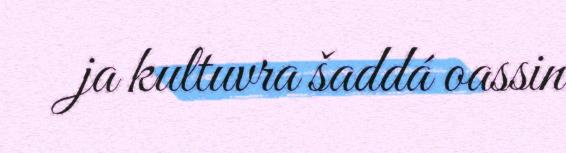
ja kultuvra šaddá oassin